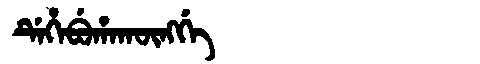
Manchu: ᡩᡝᡥᡝᠪᡠᡥᠠᡴᡡᠩᡤᡝ
Romanization: DEHEBUHAKŪNGGE